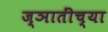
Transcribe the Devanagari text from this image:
ज्ञातींच्या